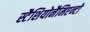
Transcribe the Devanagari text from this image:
स्टैशियोनैमिएन्टो